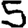
Digit: 5